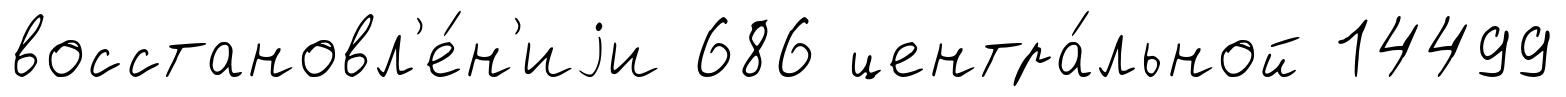
восстановл'е́н'иjи 686 центра́льной 14499